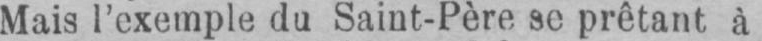
Mais l’exemple du Saint-Père se prêtant à